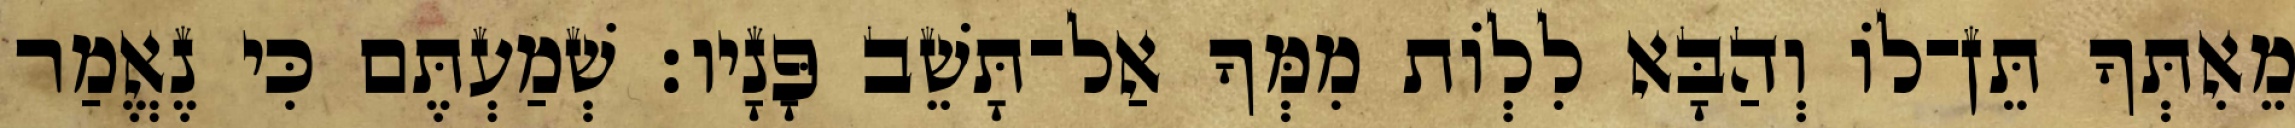
מֵאִתְּךָ תֵּן־לוֹ וְהַבָּא לִלְוֹת מִמְּךָ אַל־תָּשֵׁב פָּנָיו׃ שְׁמַעְתֶּם כִּי נֶאֱמַר